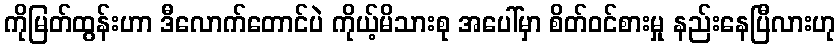
ကိုမြတ်ထွန်းဟာ ဒီလောက်တောင်ပဲ ကိုယ့်မိသားစု အပေါ်မှာ စိတ်ဝင်စားမှု နည်းနေပြီလားဟု